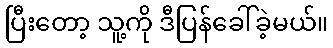
ပြီးတော့ သူ့ကို ဒီပြန်ခေါ်ခဲ့မယ်။